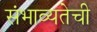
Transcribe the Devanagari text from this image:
संभाव्यतेची